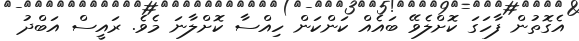
އެގޮތުން ފާހަގަ ކޮށްލެވޭ ބައެއް ކަންކަން ހިއްސާ ކޮށްލާނަ މެވެ. ރައީސް އަބްދު